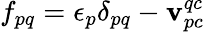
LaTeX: f_{pq}=\epsilon_{p}\delta_{pq}-\mathbf{v}_{pc}^{qc}